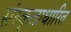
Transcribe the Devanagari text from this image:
संस्कृताधारित